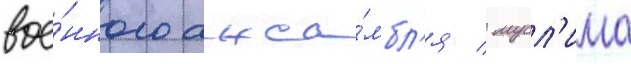
вое́нного анса́мбл'я / мусл'има